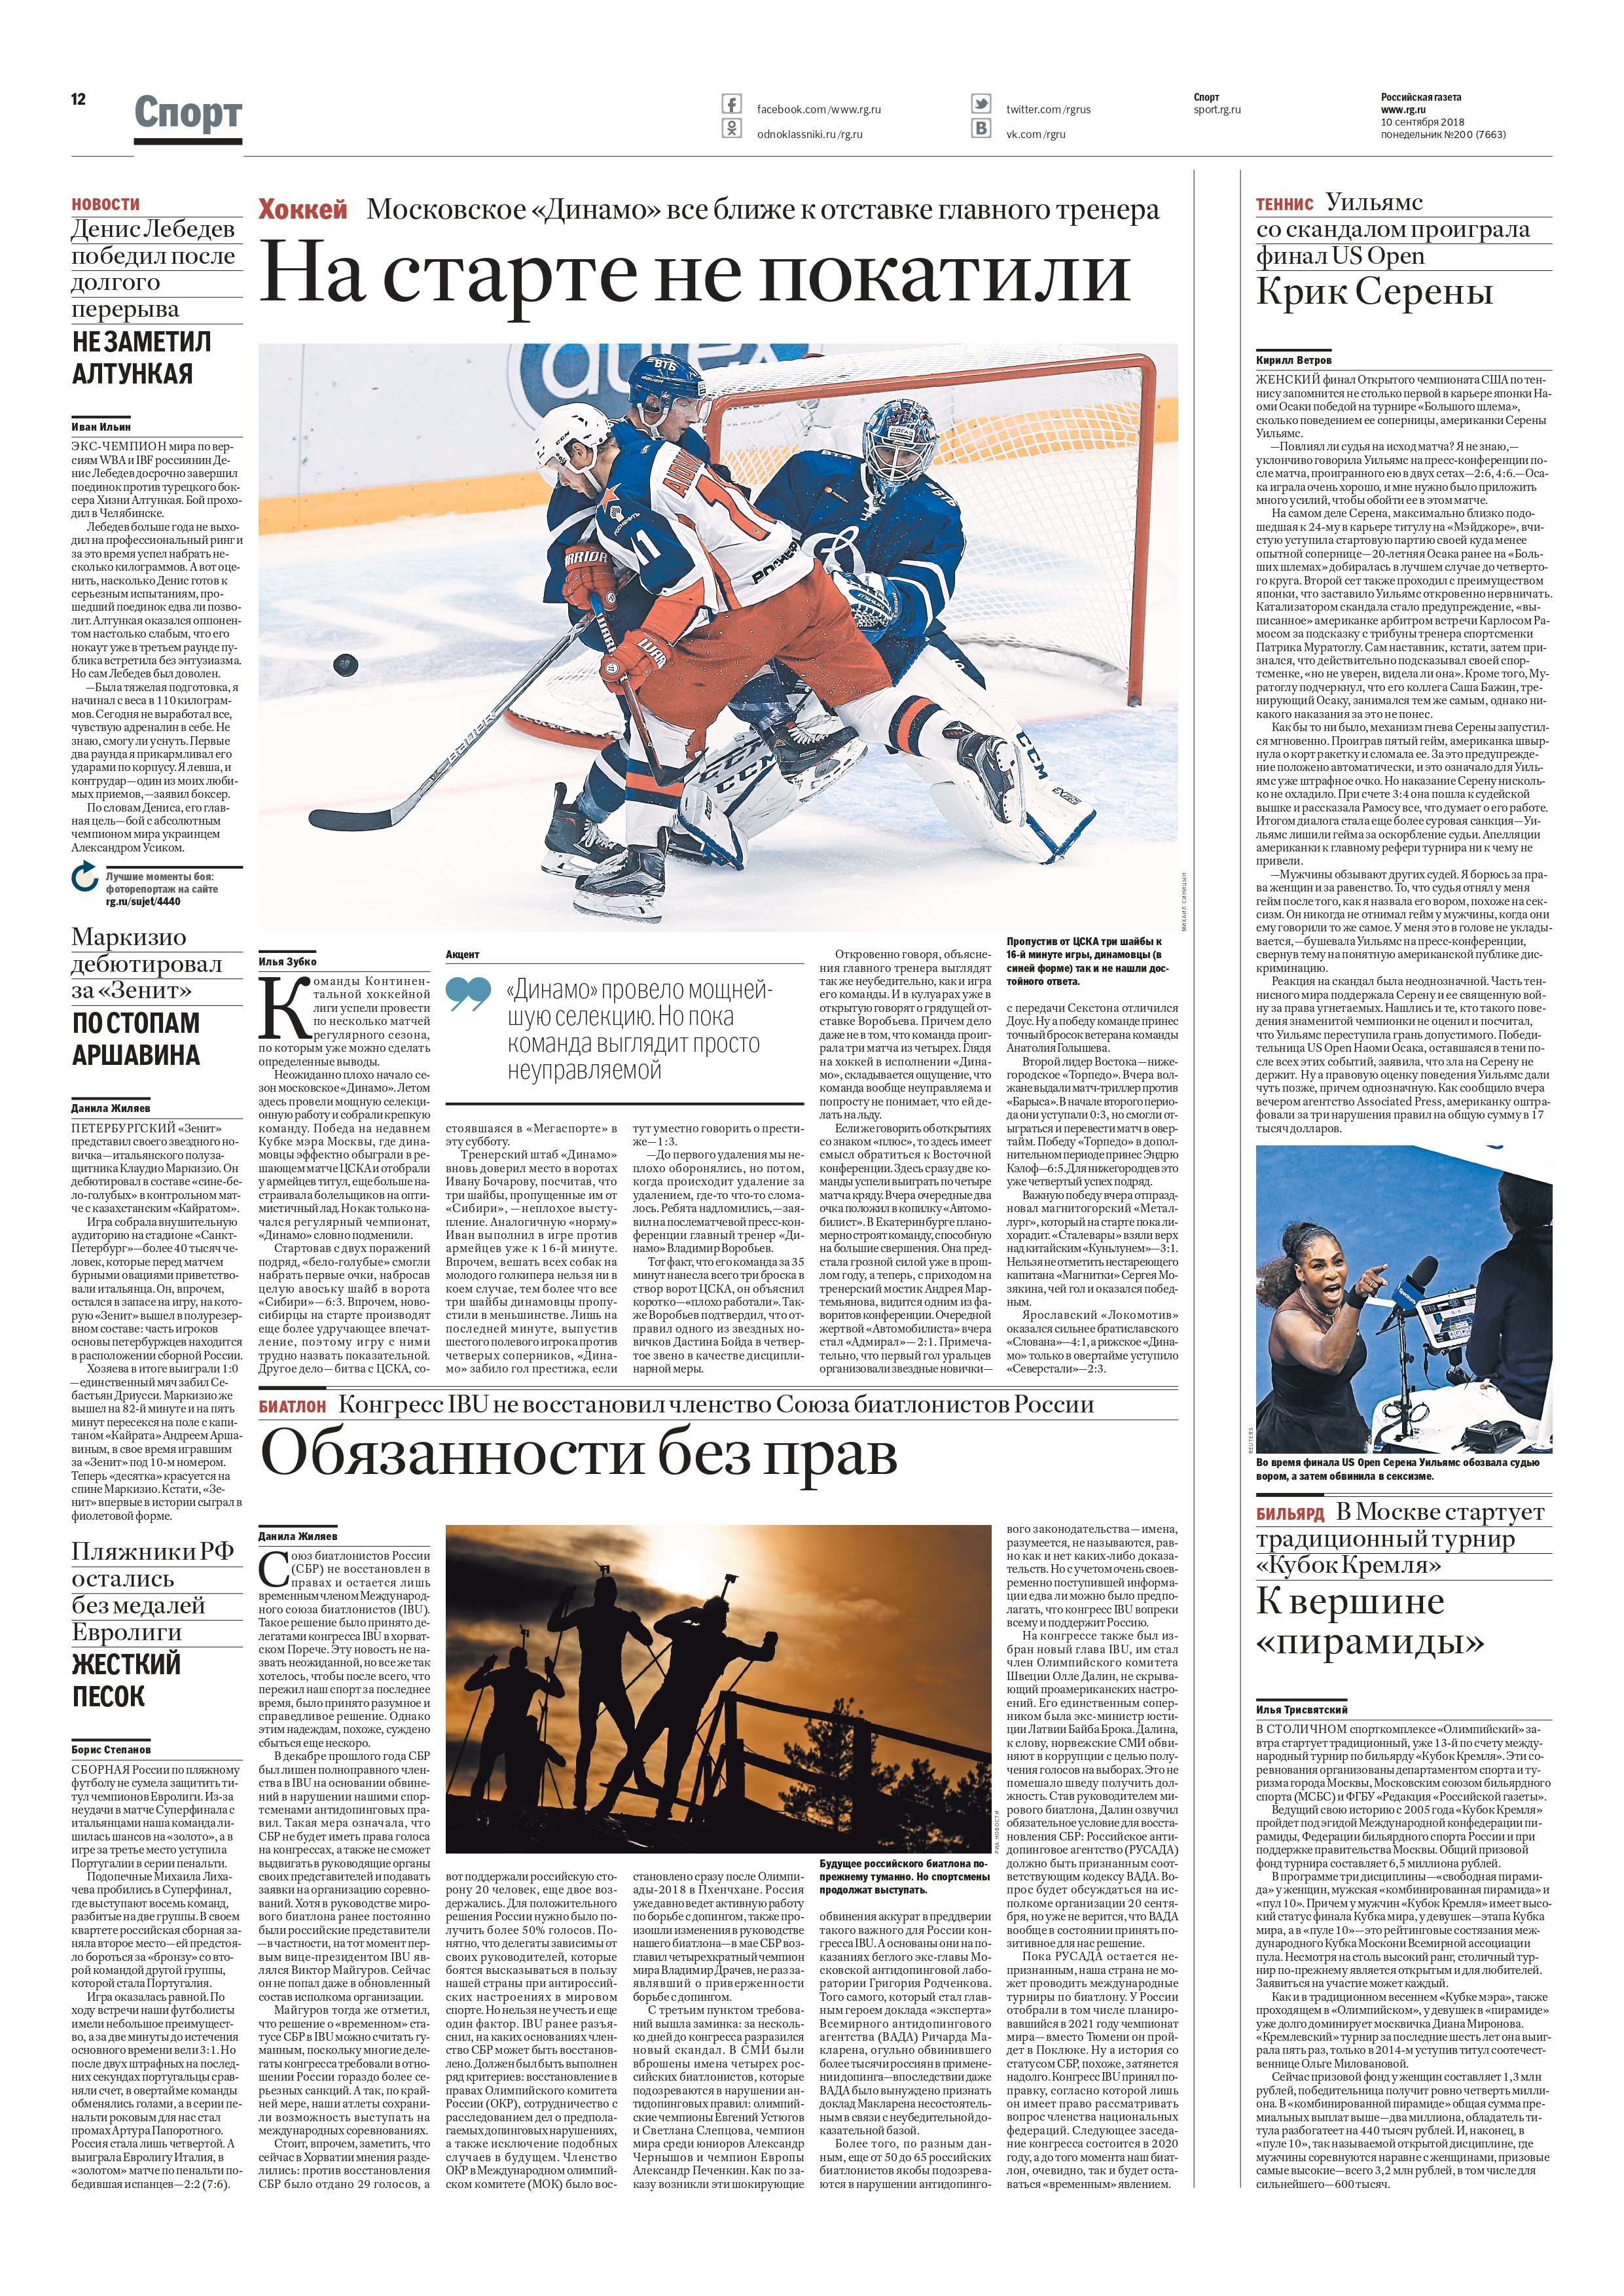
Language: ru